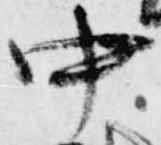
中